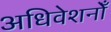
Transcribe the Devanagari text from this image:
अधिवेशनोँ